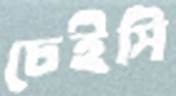
চেইসি